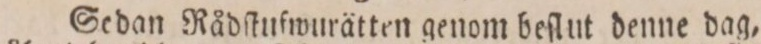
Sedan Rådſtufwurätten genom beſlut denne dag,